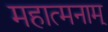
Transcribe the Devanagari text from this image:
महात्मनाम्